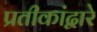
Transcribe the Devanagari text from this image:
प्रतीकांद्वारे